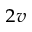
_ { 2 v }